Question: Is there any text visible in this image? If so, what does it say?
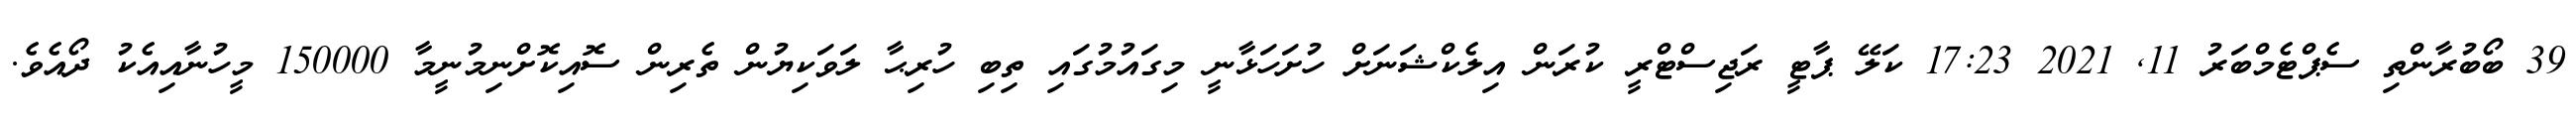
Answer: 39 ބޯބުރާންތި ސެޕްޓެމްބަރު 11, 2021 17:23 ކަލޭ ޕާޓީ ރަޖިސްޓްރީ ކުރަން އިލެކްޝަނަށް ހުށަހަޅާނީ މިގައުމުގައި ތިބި ހުރިޙާ ލަވަކިޔުން ތެރިން ސޮއިކޮށްނިމުނީމާ 150000 މީހުނާއިއެކު ދޯއެވެ.